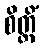
စိတ္တိံ